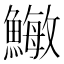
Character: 䲄